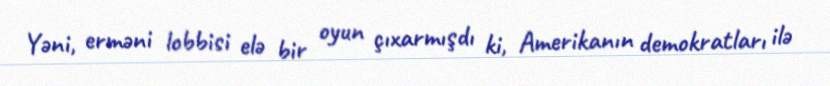
Yəni, erməni lobbisi elə bir oyun çıxarmışdı ki, Amerikanın demokratları ilə